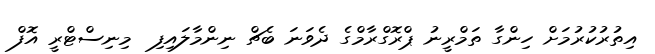
އިތުރުކުރުމަށް ހިންގާ ތަމްރީނު ޕްރޮގްރާމްގެ ދެވަނަ ބެޗް ނިންމާލައިފި  މިނިސްޓްރީ އޮފް